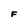
Character: F